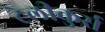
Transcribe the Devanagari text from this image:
टेलीकुर्स